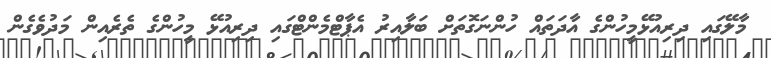
މާލޭގައި ދިރިއުޅޭމީހުންގެ އާދަތައް ހުންނަގޮތަށް ބަލާއިރު އެޕާޓްމެންޓްގައި ދިރިއުޅޭ މީހުންގެ ތެރެއިން މަދުވެގެން